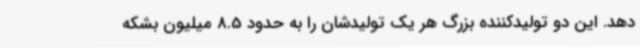
دهد. این دو تولیدکننده بزرگ هر یک تولیدشان را به حدود 8.5 میلیون بشکه